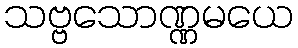
သဗ္ဗသောဏ္ဏမယေ